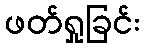
ဖတ်ရှုခြင်း